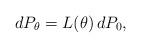
LaTeX: \begin{align*}d P_\theta = L(\theta) \, d P_0,\end{align*}